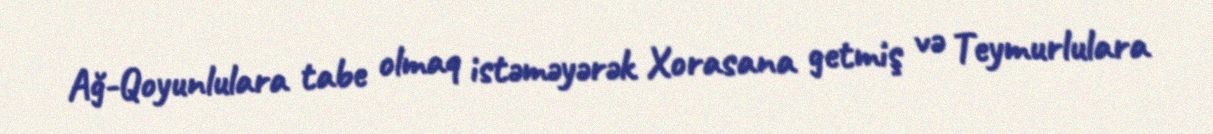
Ağ-Qoyunlulara tabe olmaq istəməyərək Xorasana getmiş və Teymurlulara